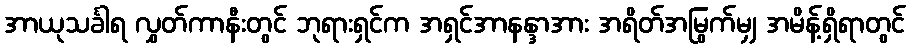
အာယုသင်္ခါရ လွှတ်ကာနီးတွင် ဘုရားရှင်က အရှင်အာနန္ဒာအား အရိတ်အမြွက်မျှ အမိန့်ရှိရာတွင်